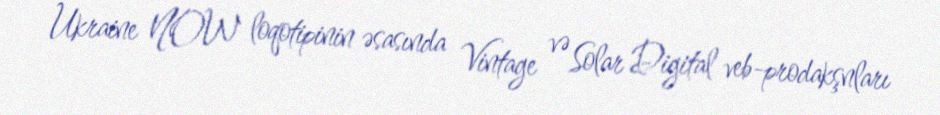
Ukraine NOW loqotipinin əsasında Vintage və Solar Digital veb-prodakşnları